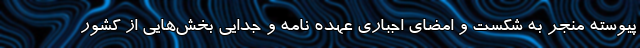
پیوسته منجر به شکست و امضای اجباری عهده نامه و جدایی بخش‌هایی از کشور